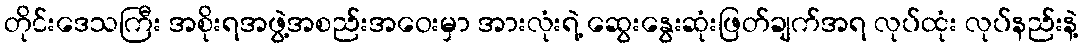
တိုင်းဒေသကြီး အစိုးရအဖွဲ့အစည်းအဝေးမှာ အားလုံးရဲ့ ဆွေးနွေးဆုံးဖြတ်ချက်အရ လုပ်ထုံး လုပ်နည်းနဲ့